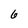
Character: 6